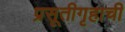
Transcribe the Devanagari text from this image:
प्रसूतीगृहाची